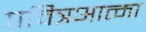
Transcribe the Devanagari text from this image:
पवित्रआत्मा